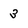
Character: 3